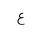
Letter: _ayn